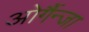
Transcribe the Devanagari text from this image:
ओर्गैन्जा